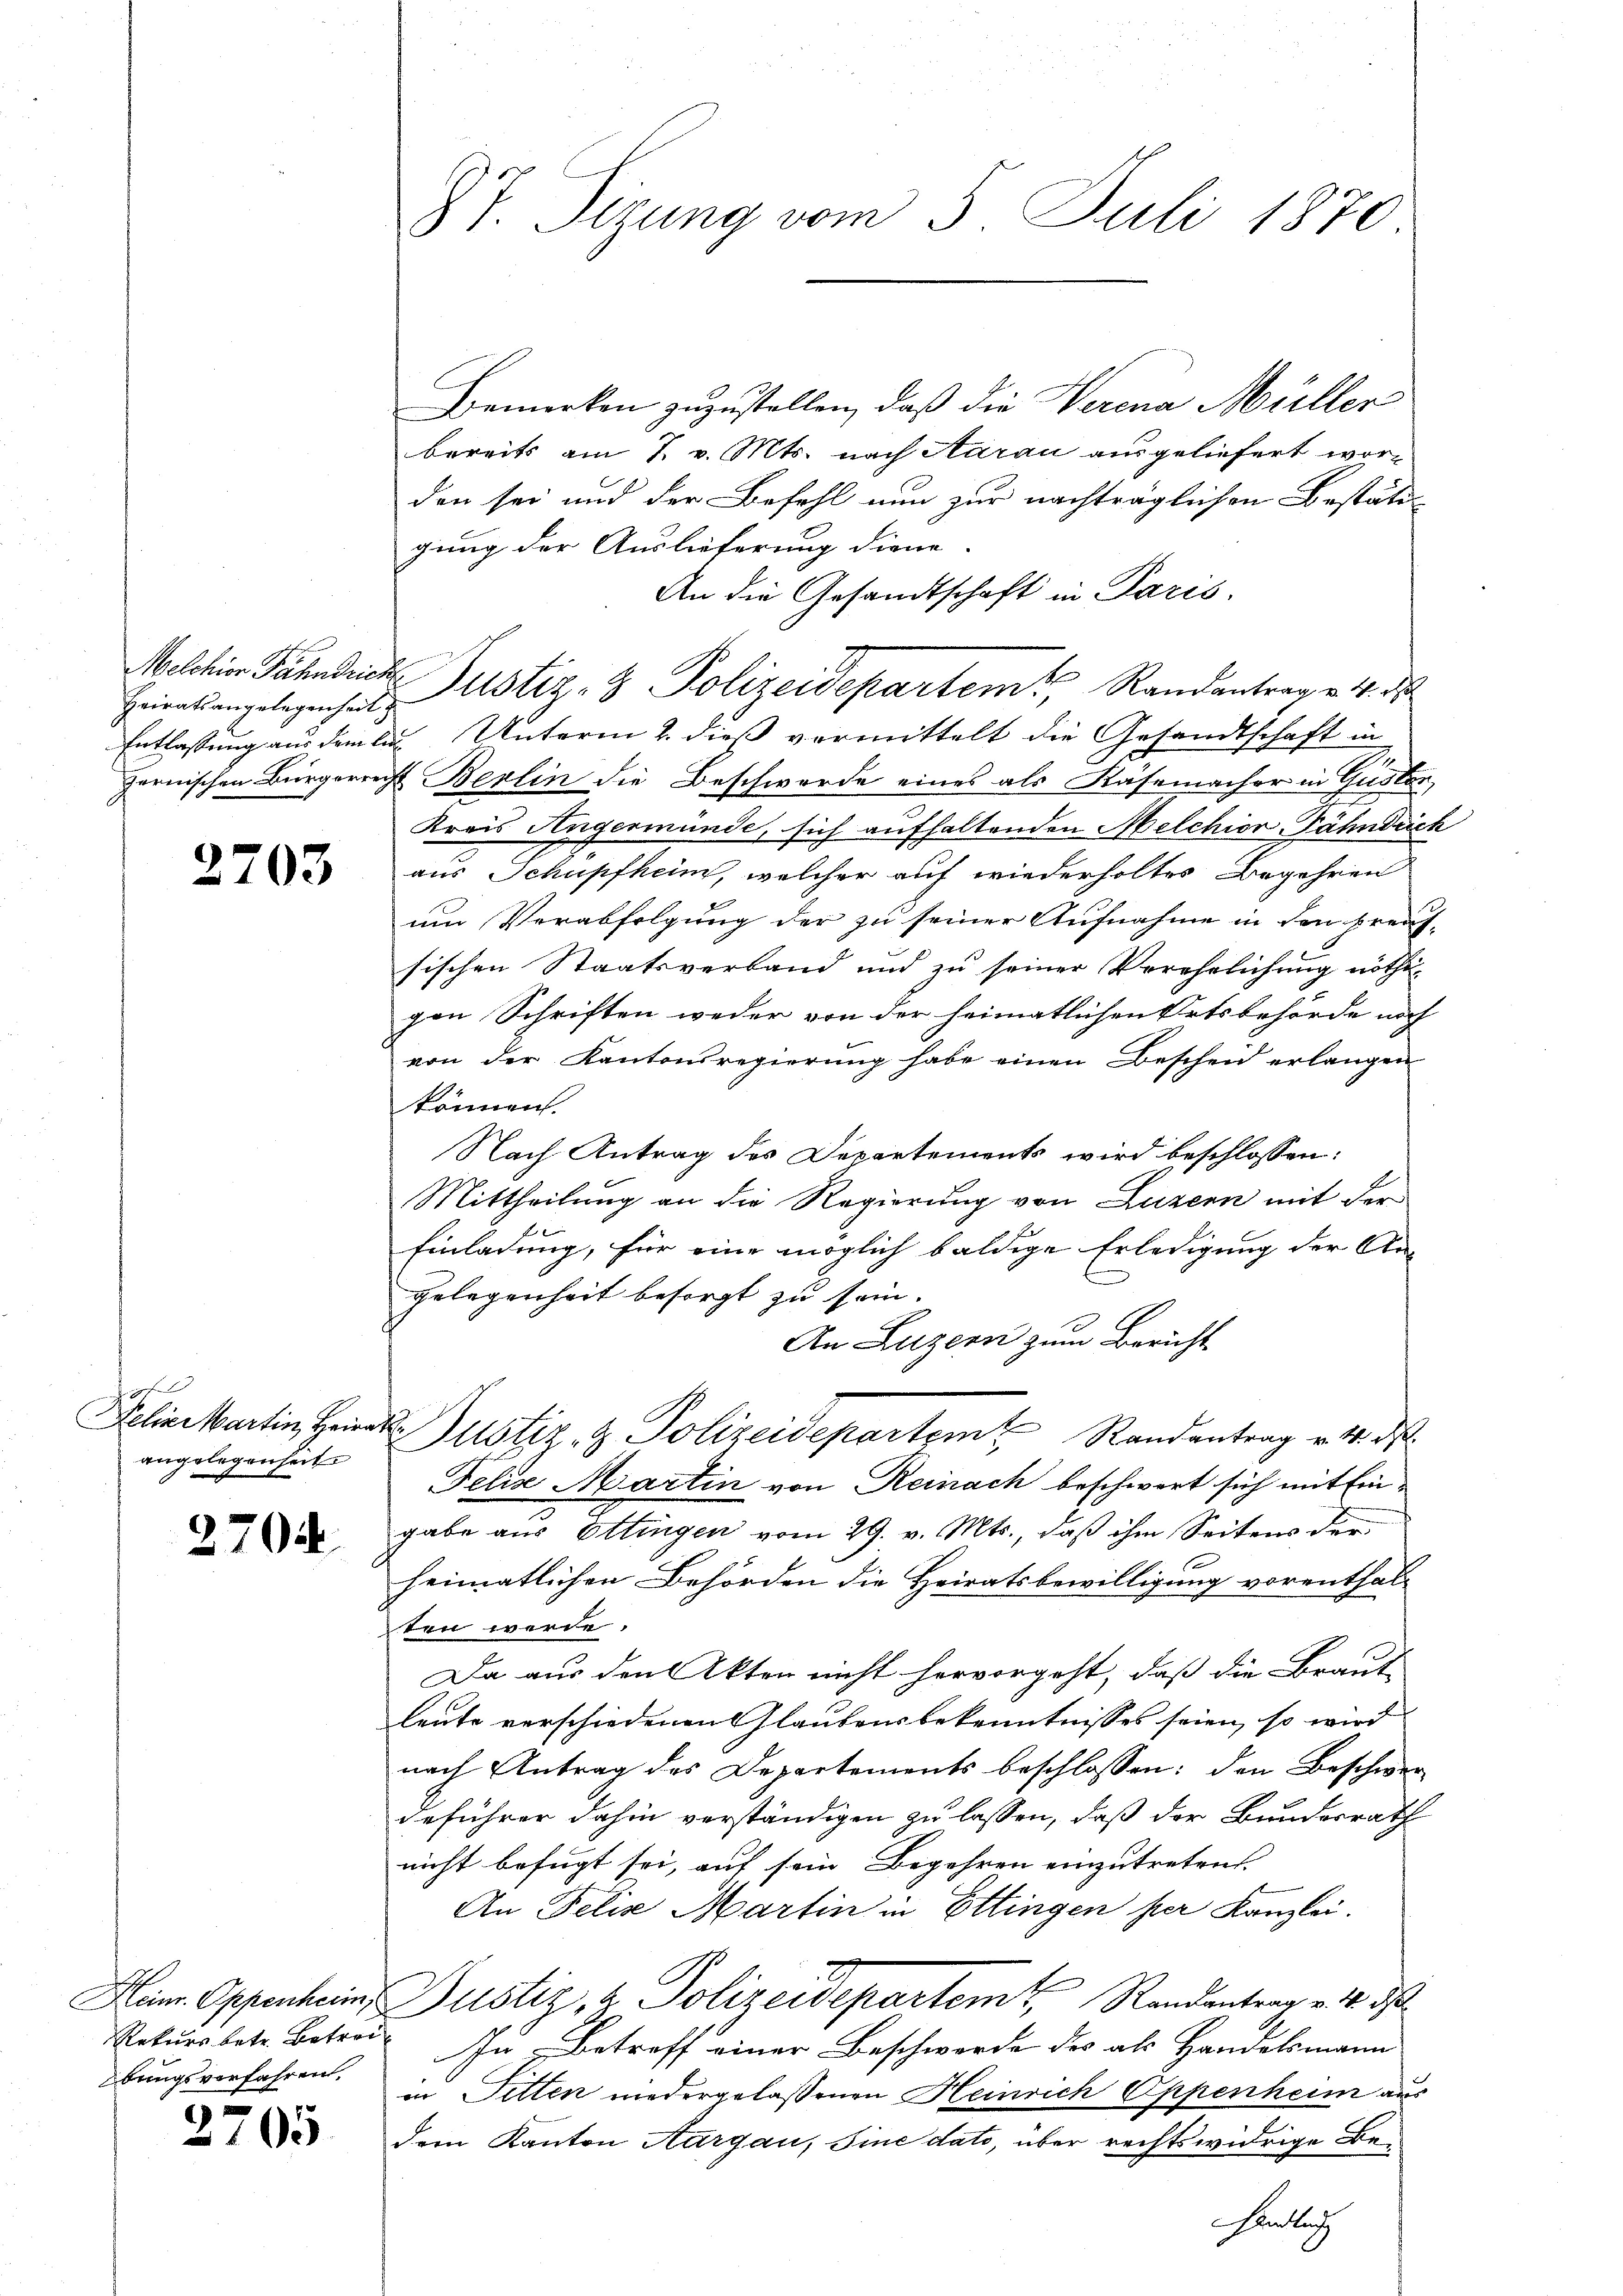
Heiratsangelegenheit

2703

egfel
angelegenheit.

2704

Übungsverfahren.

2705

87. Sizung vom 5. Juli 1870

Bemerken zuzustellen, daß die Verena Müller
bereits am 7. v. Mts. nach Aarau ausgeliefert worden sei und der Befehl nun zur nachträglichen Bestätigung der Auslieferung diene.
An die Gesandtschaft in Paris.
Entlassung aus dem lin Unterm 2. dieß vermittelt die Gesandtschaft in
Zernischen Bürgerrecht Berlin die Beschwerde eines als Käsemacher in Gusten,
Kreis Angermünde, sich aufhaltenden Melchior Fähndrich
aus Schupfheim, welcher auf wiederholtes Begehren
um Verabfolgung der zu seiner Aufnahme in den Preus-
sischen Staatsverband und zu seiner Verehelichung nöthigen Schriften weder von der heimatlichen Ortsbehörde noch
von der Kantonsregierung habe einen Bescheid erlangen
können.
Nach Antrag des Departements wird beschlossen:
Mittheilung an die Regierung von Luzern mit der
Einladung, für eine möglich baldige Erledigung der An-
gelegenheit besorgt zu sein.
An Luzern zum Bericht
Felix Martin, Heirat Justiz- & Polizeidepartem Randantrag v. 4. ds.
Felix Martin von Reinach beschwert sich mit Eingabe aus Ottingen vom 29. v. Mts., daß ihm Seitens der
heimatlichen Behörden die Heiratsbewilligung vorenthal-
ten werde.
Da aus den Akten nicht hervorgeht, daß die Braut
leute verschiedenen Glaubensbekenntnisses seien, so wird
nach Antrag des Departements beschlossen: den Beschwer
deführer dahin verständigen zu lassen, daß der Bundesrath
nicht befugt sei, auf sein Begehren einzutreten.
An Felix Martin in Ettingen her Kanzlei.
Heinr. Oppenheim, Justiz, 2 Polizeidepartem Randantrag v. 4. ds
Rekursbetr. Betrag In Betreff einer Beschwerde des als Handelsmann
in Sitten niedergelassenen Heinrich Oppenheim aus
dem Kanton Aargau, Sine dato, über rechtswidrige Be¬
Fenlich

Melchior Fähnlicher Justiz- & Polizeidepartemt, Randantrage 4. d